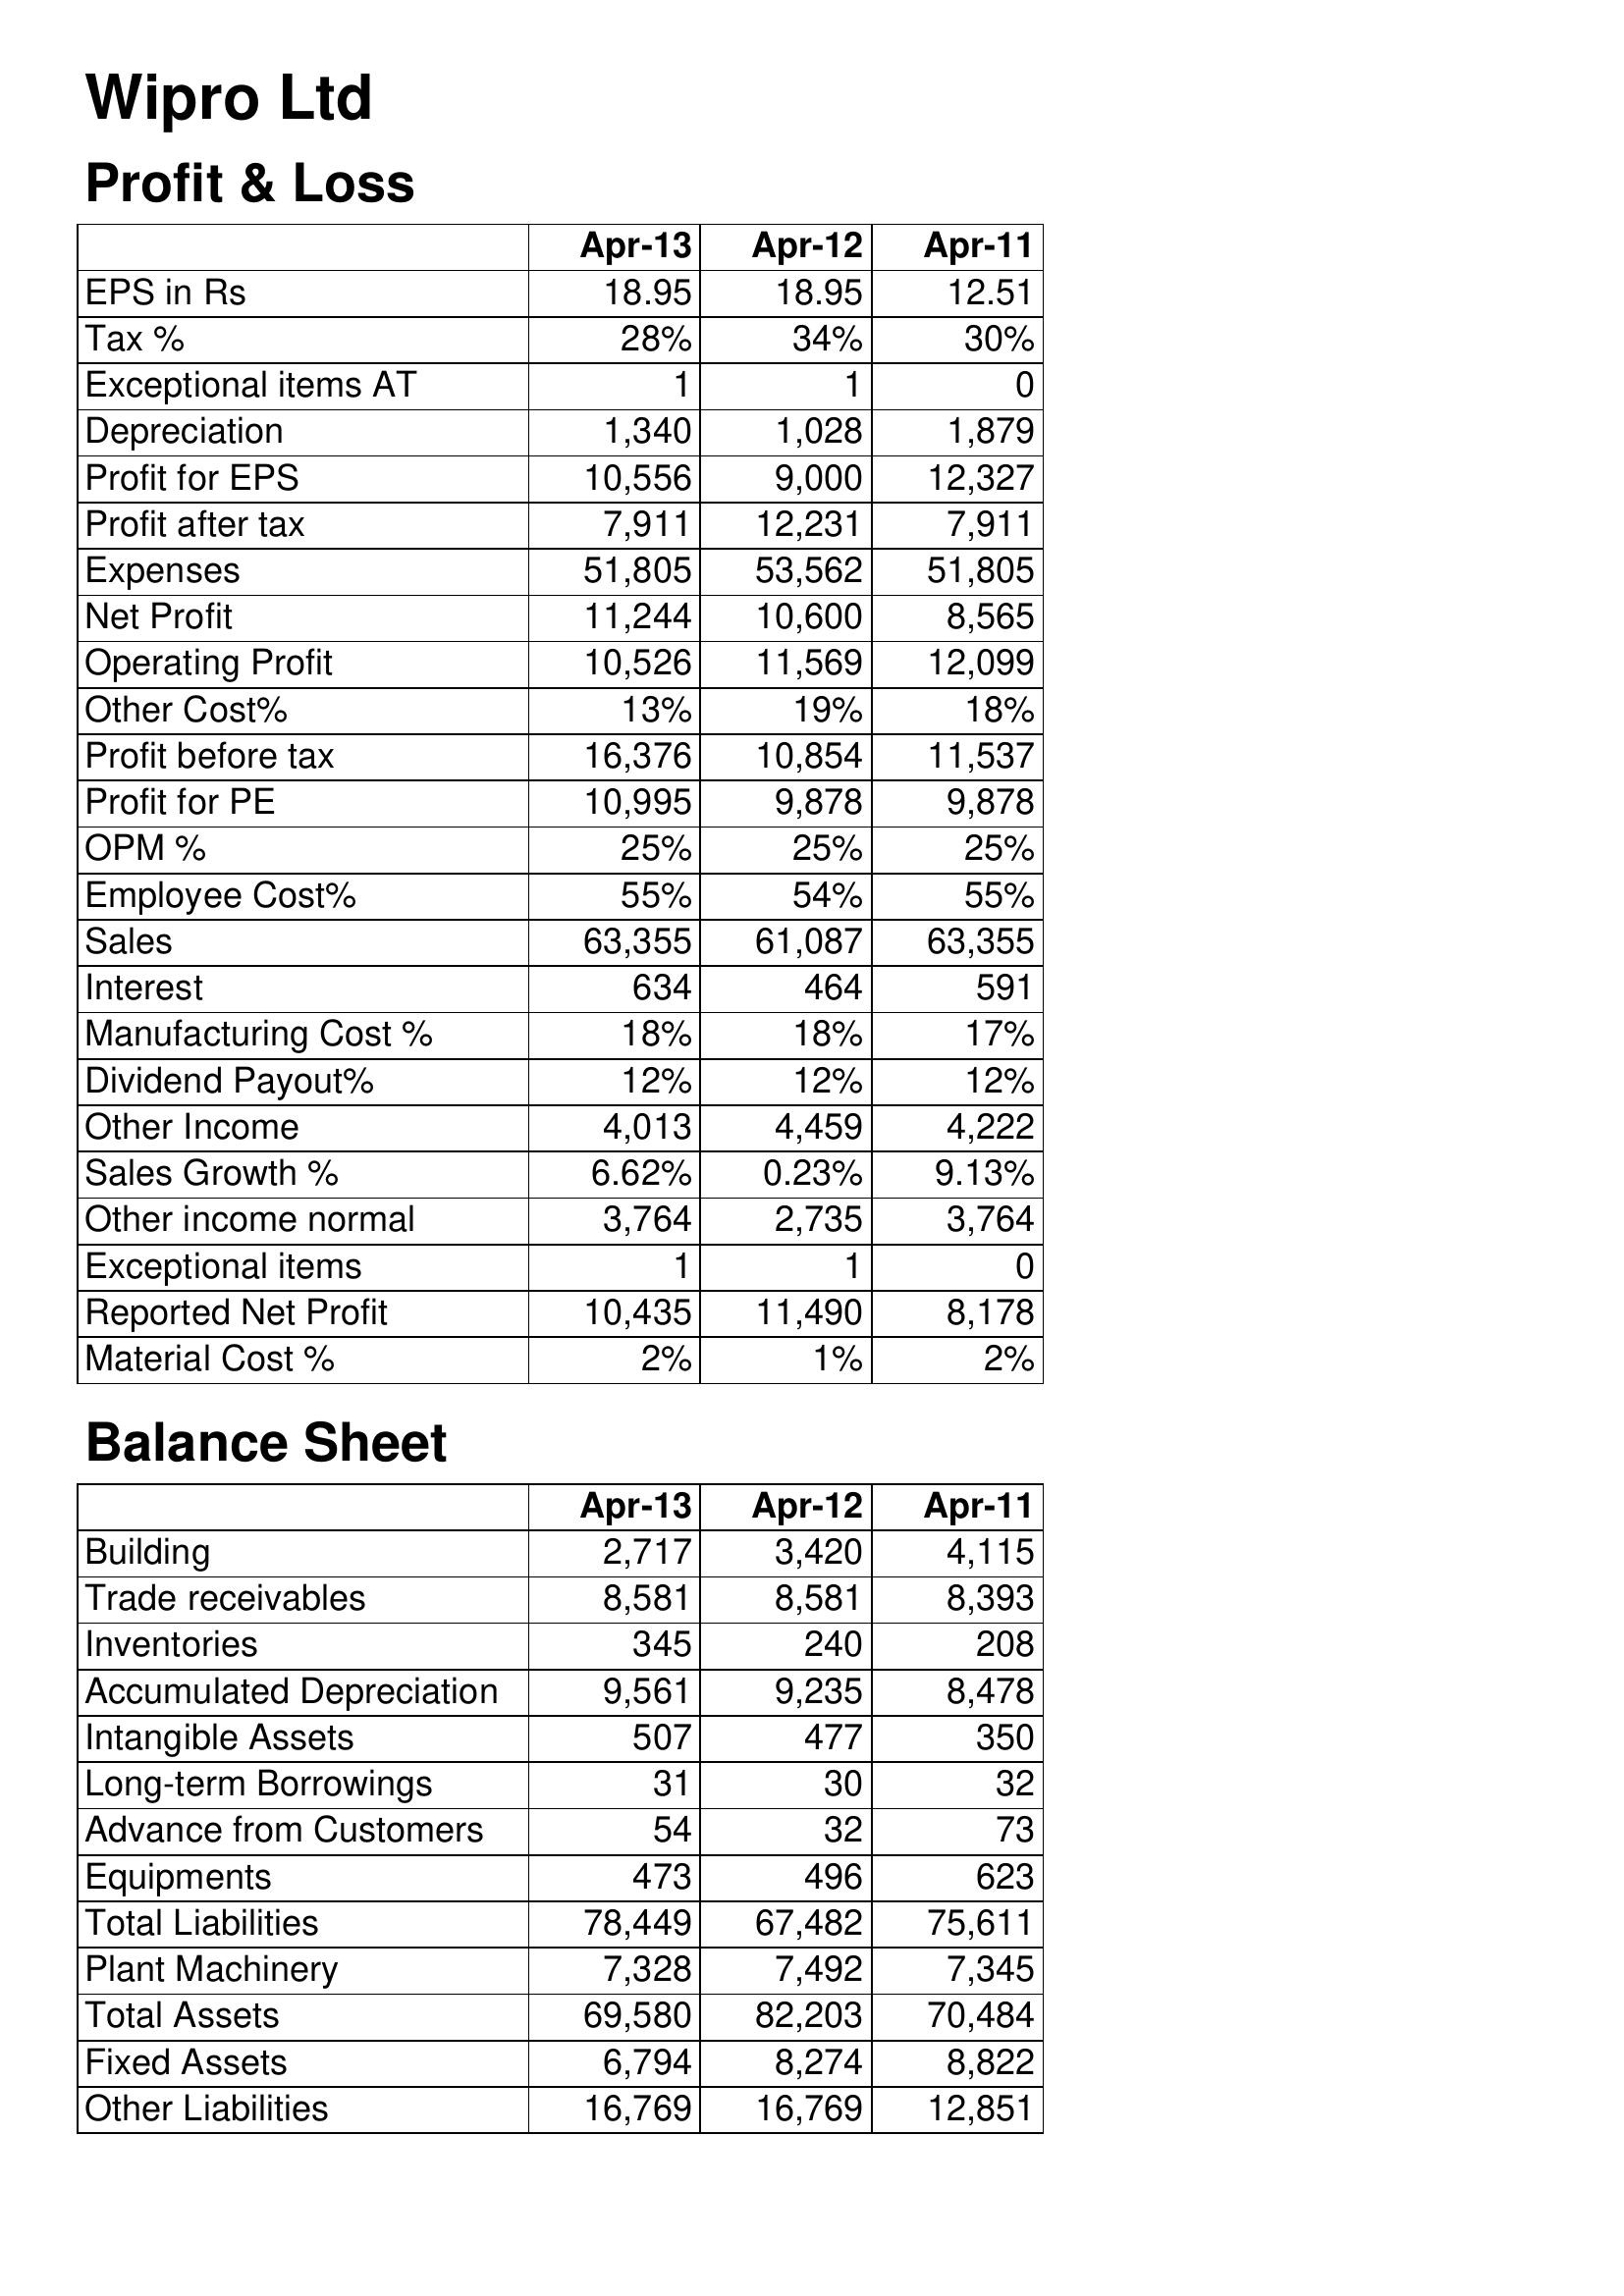
Apr-13: Profit & Loss: EPS in Rs: 18.95
Tax %: 28%
Exceptional items AT: 1
Depreciation: 1,340
Profit for EPS: 10,556
Profit after tax: 7,911
Expenses: 51,805
Net Profit: 11,244
Operating Profit: 10,526
Other Cost%: 13%
Profit before tax: 16,376
Profit for PE: 10,995
OPM %: 25%
Employee Cost%: 55%
Sales: 63,355
Interest: 634
Manufacturing Cost %: 18%
Dividend Payout%: 12%
Other Income: 4,013
Sales Growth %: 6.62%
Other income normal: 3,764
Exceptional items: 1
Reported Net Profit: 10,435
Material Cost %: 2%
Balance Sheet: Building: 2,717
Trade receivables: 8,581
Inventories: 345
Accumulated Depreciation: 9,561
Intangible Assets: 507
Long-term Borrowings: 31
Advance from Customers: 54
Equipments: 473
Total Liabilities: 78,449
Plant Machinery: 7,328
Total Assets: 69,580
Fixed Assets: 6,794
Other Liabilities: 16,769
Apr-12: Profit & Loss: EPS in Rs: 18.95
Tax %: 34%
Exceptional items AT: 1
Depreciation: 1,028
Profit for EPS: 9,000
Profit after tax: 12,231
Expenses: 53,562
Net Profit: 10,600
Operating Profit: 11,569
Other Cost%: 19%
Profit before tax: 10,854
Profit for PE: 9,878
OPM %: 25%
Employee Cost%: 54%
Sales: 61,087
Interest: 464
Manufacturing Cost %: 18%
Dividend Payout%: 12%
Other Income: 4,459
Sales Growth %: 0.23%
Other income normal: 2,735
Exceptional items: 1
Reported Net Profit: 11,490
Material Cost %: 1%
Balance Sheet: Building: 3,420
Trade receivables: 8,581
Inventories: 240
Accumulated Depreciation: 9,235
Intangible Assets: 477
Long-term Borrowings: 30
Advance from Customers: 32
Equipments: 496
Total Liabilities: 67,482
Plant Machinery: 7,492
Total Assets: 82,203
Fixed Assets: 8,274
Other Liabilities: 16,769
Apr-11: Profit & Loss: EPS in Rs: 12.51
Tax %: 30%
Exceptional items AT: 0
Depreciation: 1,879
Profit for EPS: 12,327
Profit after tax: 7,911
Expenses: 51,805
Net Profit: 8,565
Operating Profit: 12,099
Other Cost%: 18%
Profit before tax: 11,537
Profit for PE: 9,878
OPM %: 25%
Employee Cost%: 55%
Sales: 63,355
Interest: 591
Manufacturing Cost %: 17%
Dividend Payout%: 12%
Other Income: 4,222
Sales Growth %: 9.13%
Other income normal: 3,764
Exceptional items: 0
Reported Net Profit: 8,178
Material Cost %: 2%
Balance Sheet: Building: 4,115
Trade receivables: 8,393
Inventories: 208
Accumulated Depreciation: 8,478
Intangible Assets: 350
Long-term Borrowings: 32
Advance from Customers: 73
Equipments: 623
Total Liabilities: 75,611
Plant Machinery: 7,345
Total Assets: 70,484
Fixed Assets: 8,822
Other Liabilities: 12,851